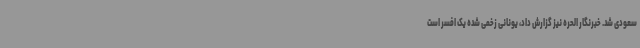
سعودی شد. خبرنگار الحره نیز گزارش داد، یونانی زخمی شده یک افسر است